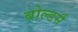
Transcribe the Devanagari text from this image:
बोल्डर्स